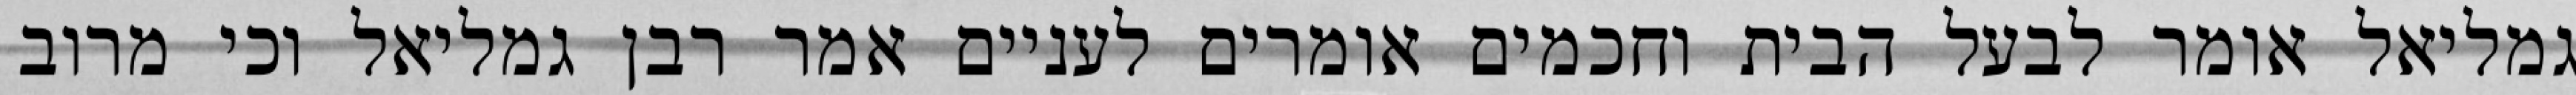
גמליאל אומר לבעל הבית וחכמים אומרים לעניים אמר רבן גמליאל וכי מרוב